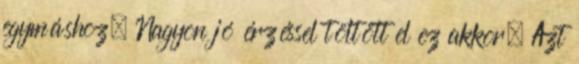
egymáshoz. Nagyon jó érzéssel töltött el ez akkor. Azt